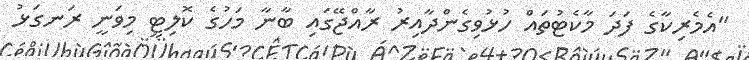
"އެމެރިކާގެ ފަދަ މާކެޓުތައް ހުޅުވިގެންދާއިރު ރާއްޖޭގައި ބާނާ މަހުގެ ކޮލިޓީ މިވަނީ ރަނގަޅު